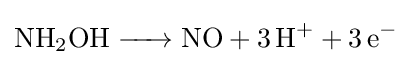
{\ce {NH2OH -> NO + 3H+ + 3e-}}